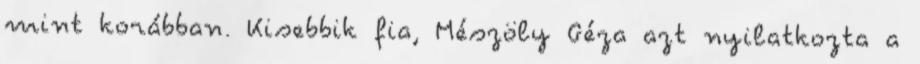
mint korábban. Kisebbik fia, Mészöly Géza azt nyilatkozta a